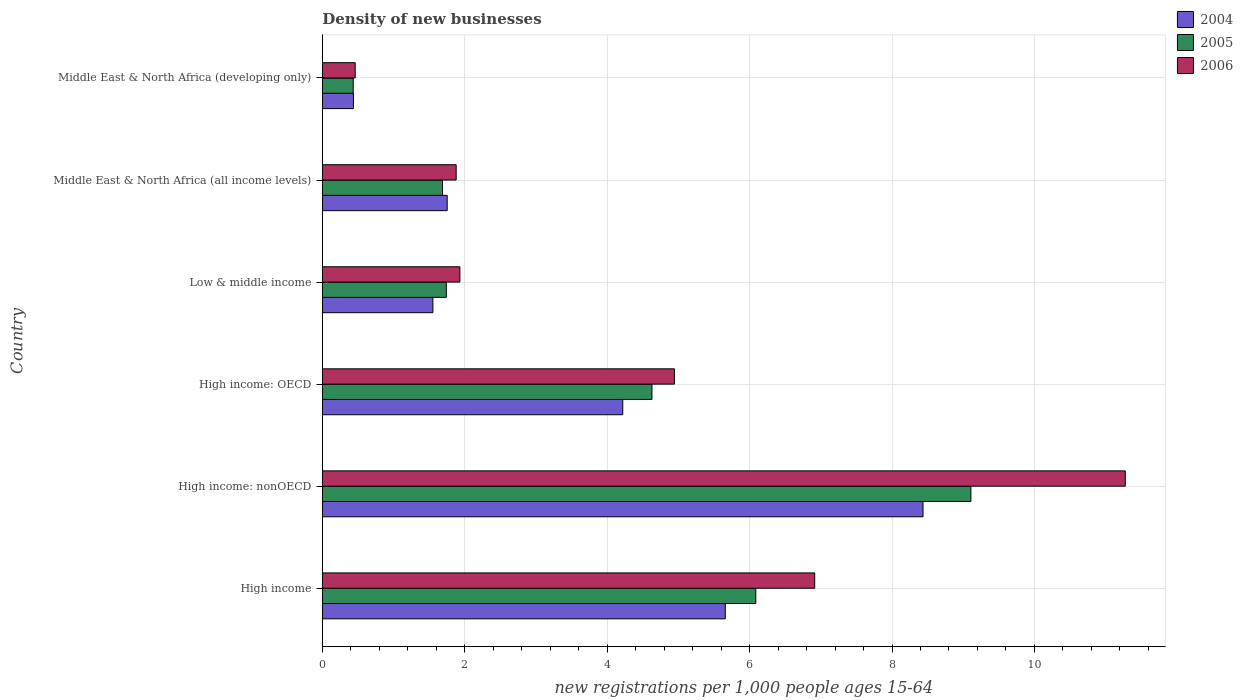
| Country | 2004 | 2005 | 2006 |
 | --- | --- | --- | --- |
 | High income | 5.66 | 6.09 | 6.91 |
 | High income: nonOECD | 8.44 | 9.11 | 11.3 |
 | High income: OECD | 4.22 | 4.63 | 4.94 |
 | Low & middle income | 1.55 | 1.74 | 1.93 |
 | Middle East & North Africa (all income levels) | 1.75 | 1.69 | 1.88 |
 | Middle East & North Africa (developing only) | 0.437 | 0.434 | 0.462 |